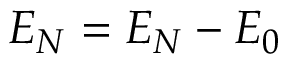
\begin{array} { r } { { \cal E } _ { N } = E _ { N } - E _ { 0 } } \end{array}